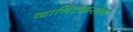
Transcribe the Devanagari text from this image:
कानिटकरांना